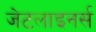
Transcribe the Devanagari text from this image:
जेटलाइनर्स